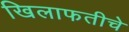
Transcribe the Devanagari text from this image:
खिलाफतीचे